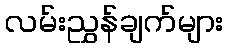
လမ်းညွှန်ချက်များ